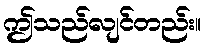
ဤသည်လျင်တည်း။